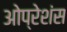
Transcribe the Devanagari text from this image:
ओप्रेशंस